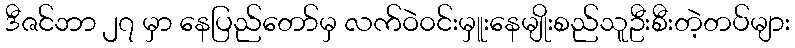
ဒီဇင်ဘာ ၂၇ မှာ နေပြည်တော်မှ လက်ဝဲ၀င်းမှူးနေမျိုးစည်သူဦးစီးတဲ့တပ်များ